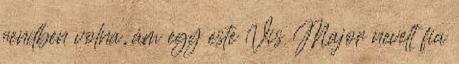
rendben volna, ám egy este Vis Major nevelt fia